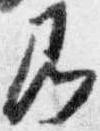
即